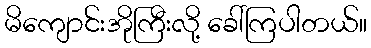
မိကျောင်းအိုကြီးလို့ ခေါ်ကြပါတယ်။